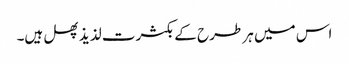
اس میں ہر طرح کے بکثرت لذیذ پھل ہیں۔